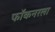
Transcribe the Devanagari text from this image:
फॉकनरला